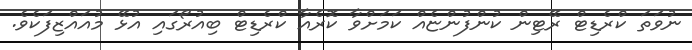
ނުވަތަ ކްރެޑިޓް ރޭޓިން ކުންފުންޏެއް ކަމަށްވާ ކޮރެއާ ކްރެޑިޓް ބިއުރޯގައި އުޅޭ މުއައްޒިފަކެވެ.